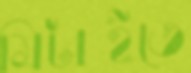
মিটাইতে